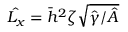
\hat { L _ { x } } = \bar { h } ^ { 2 } \zeta \sqrt { \hat { \gamma } / \hat { A } }